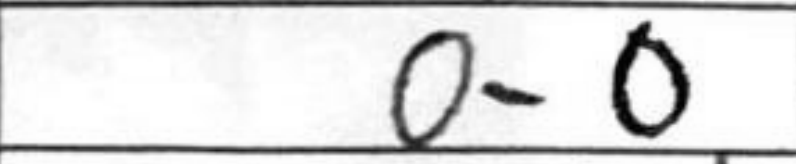
Transcription: O-O